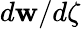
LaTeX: d\mathbf{w}/d\zeta